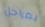
بمراحل